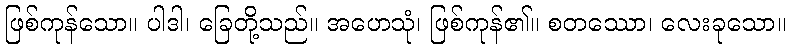
ဖြစ်ကုန်သော။ ပါဒါ၊ ခြေတို့သည်။ အဟေသုံ၊ ဖြစ်ကုန်၏။ စတဿော၊ လေးခုသော။